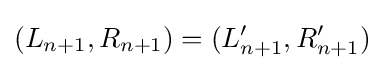
(L_{n+1},R_{n+1})=(L_{n+1}',R_{n+1}')